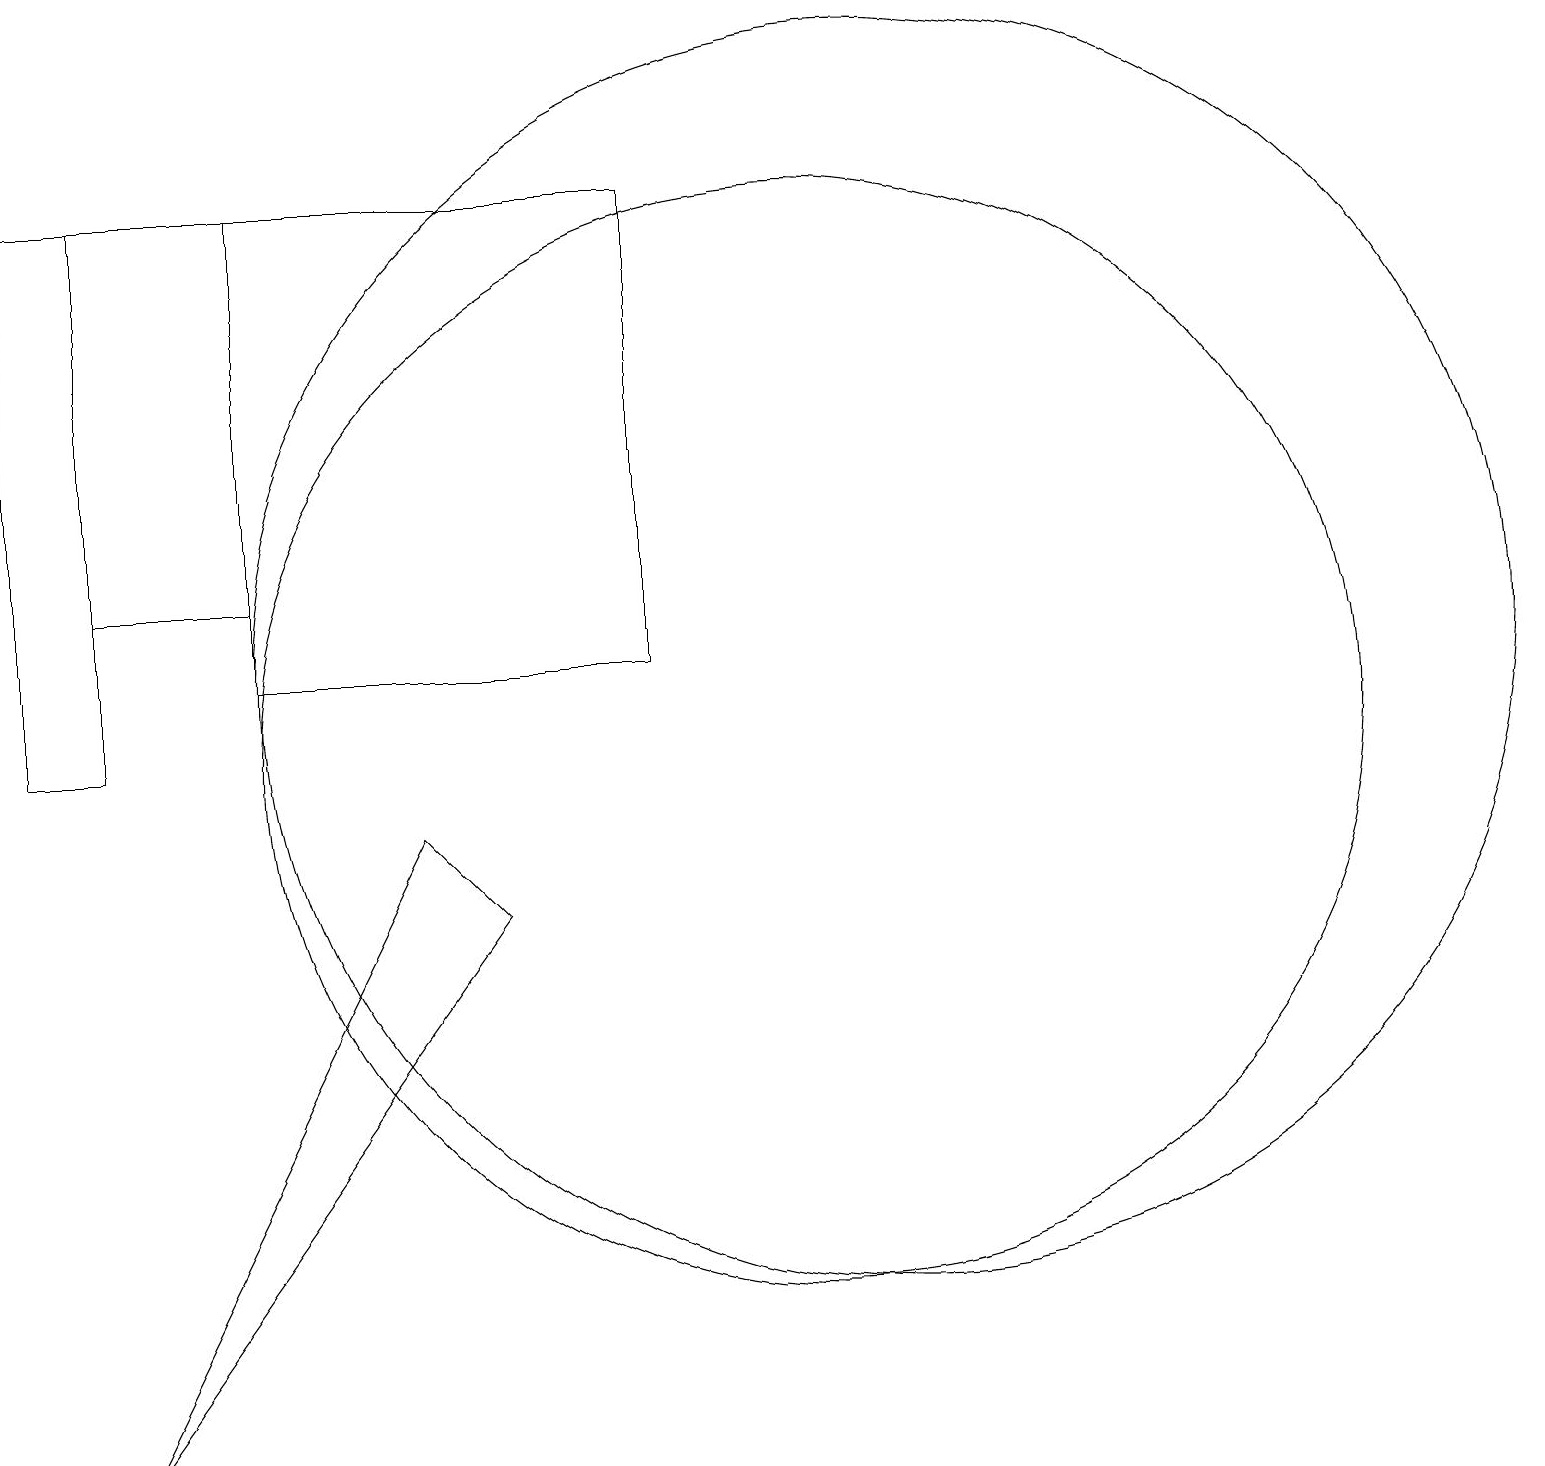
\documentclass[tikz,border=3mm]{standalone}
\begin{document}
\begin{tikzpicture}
\draw (11,10) circle (7);
\draw (2,1) -- (7,8) -- (6,9) -- cycle;
\draw (4,17) rectangle (2,12);
\draw (12,11) circle (8);
\draw (1,17) rectangle (2,10);
\draw (9,17) rectangle (4,11);
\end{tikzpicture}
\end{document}